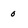
Character: o